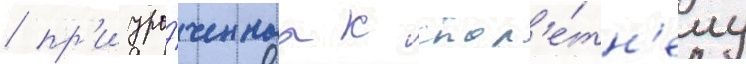
/ пр'иуро́ченнаа к стол'е́тн'ему